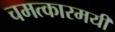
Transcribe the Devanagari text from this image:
चमत्कारमयी